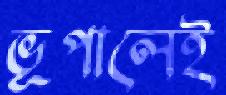
ভূপালেই